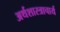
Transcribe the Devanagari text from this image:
अर्थशास्त्राचार्य